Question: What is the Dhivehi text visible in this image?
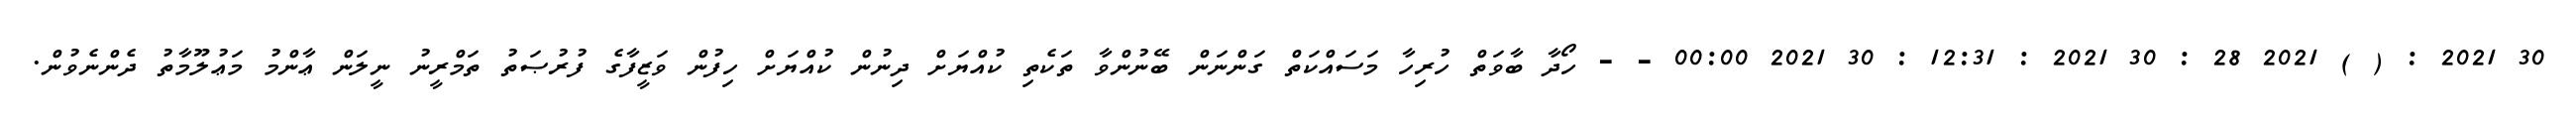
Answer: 30 2021 : ( ) 2021 28 : 30 2021 : 12:31 : 30 2021 00:00 - - ހޯދާ ބާވަތް ހުރިހާ މަސައްކަތް ގަންނަން ބޭނުންވާ ތަކެތި ކުއްޔަށް ދިނުން ކުއްޔަށް ހިފުން ވަޒީފާގެ ފުރުޞަތު ތަމްރީނު ނީލަން ޢާންމު މަޢުލޫމާތު ދެންނެވުން.